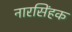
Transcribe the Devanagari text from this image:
नारसिंहक